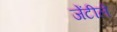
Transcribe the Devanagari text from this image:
जेंटीले